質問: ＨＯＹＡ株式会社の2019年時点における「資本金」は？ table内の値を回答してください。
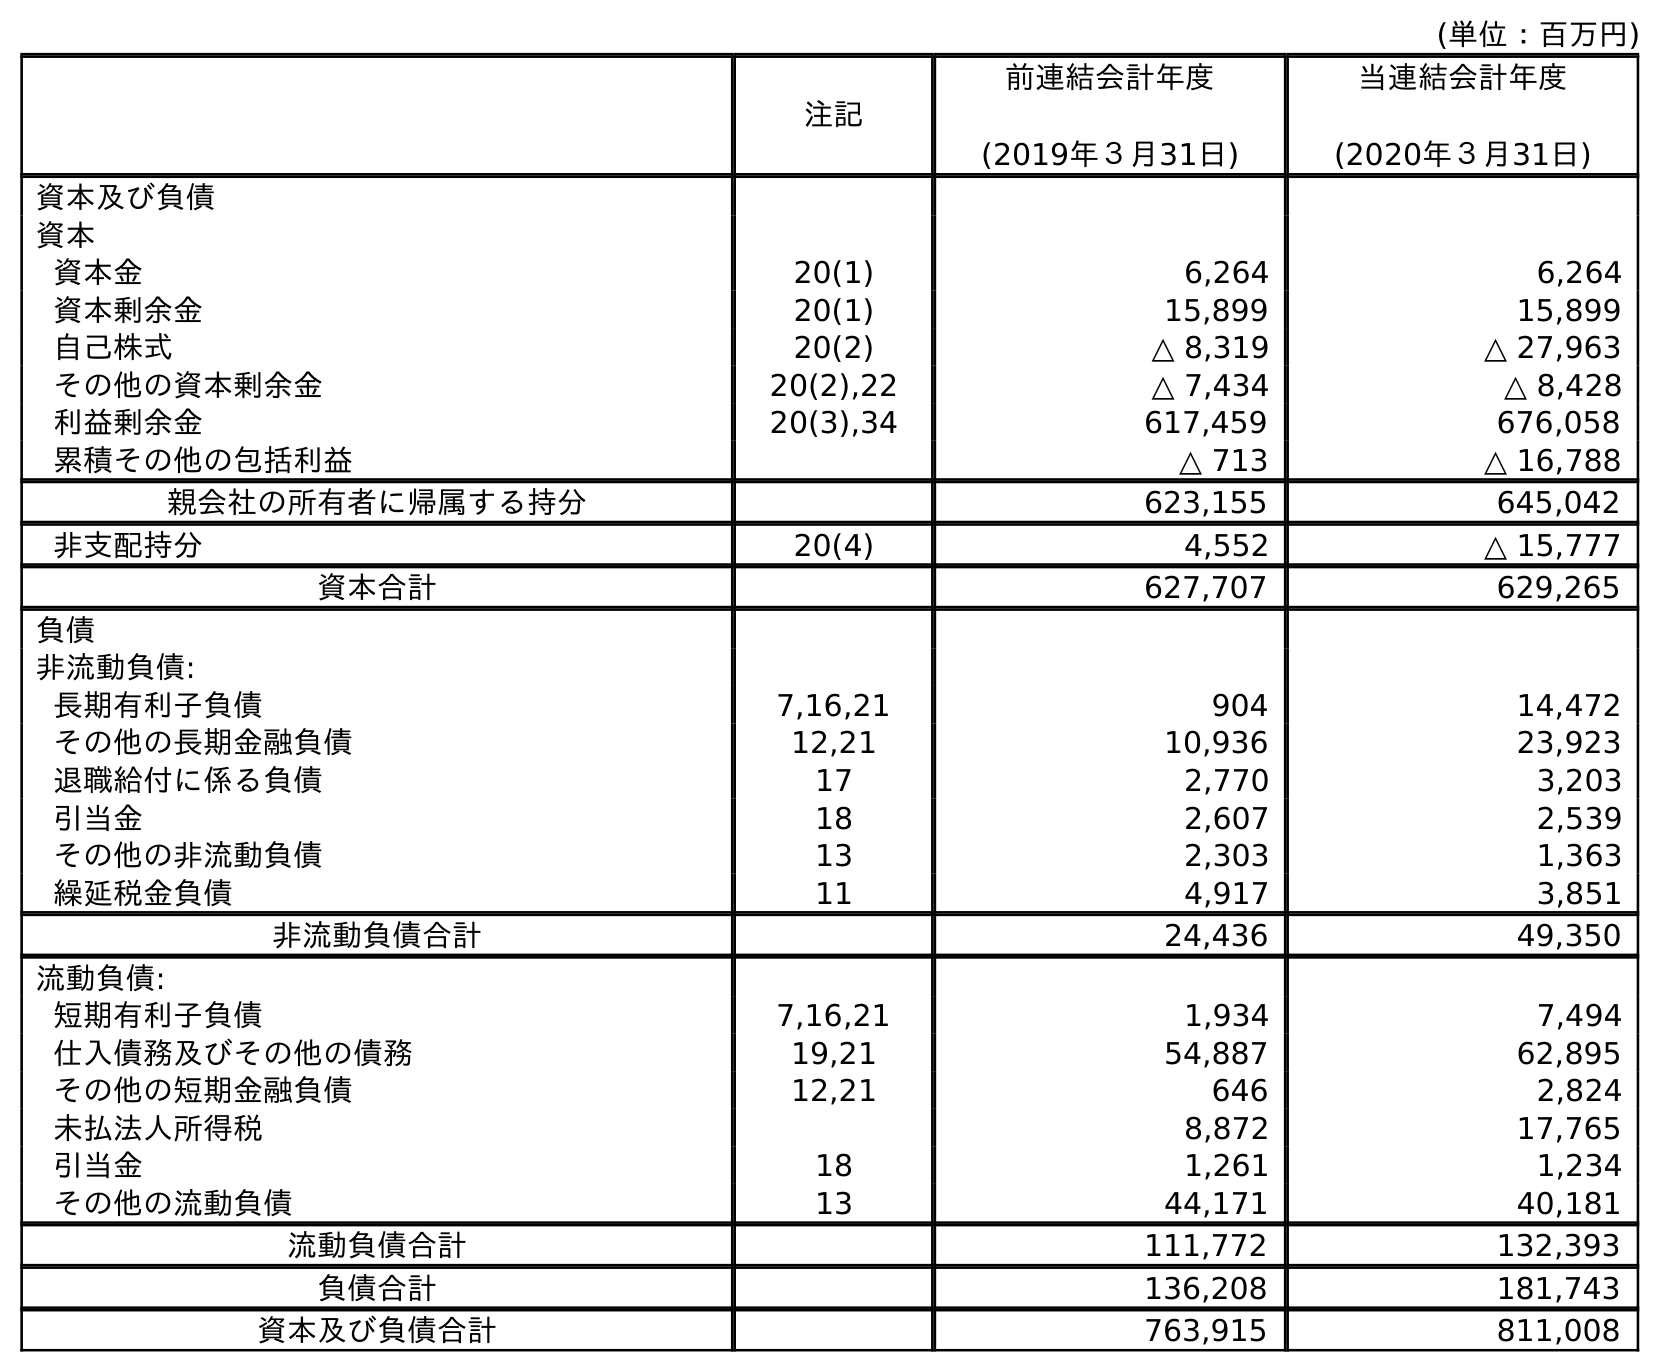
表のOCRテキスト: (単位：百万円) 注記 前連結会計年度 (2019年３月31日) 当連結会計年度 (2020年３月31日) 資本及び負債 資本 資本金 20(1) 6,264 6,264 資本剰余金 20(1) 15,899 15,899 自己株式 20(2) △ 8,319 △ 27,963 その他の資本剰余金 20(2),22 △ 7,434 △ 8,428 利益剰余金 20(3),34 617,459 676,058 累積その他の包括利益 △ 713 △ 16,788 親会社の所有者に帰属する持分 623,155 645,042 非支配持分 20(4) 4,552 △ 15,777 資本合計 627,707 629,265 負債 非流動負債: 長期有利子負債 7,16,21 904 14,472 その他の長期金融負債 12,21 10,936 23,923 退職給付に係る負債 17 2,770 3,203 引当金 18 2,607 2,539 その他の非流動負債 13 2,303 1,363 繰延税金負債 11 4,917 3,851 非流動負債合計 24,436 49,350 流動負債: 短期有利子負債 7,16,21 1,934 7,494 仕入債務及びその他の債務 19,21 54,887 62,895 その他の短期金融負債 12,21 646 2,824 未払法人所得税 8,872 17,765 引当金 18 1,261 1,234 その他の流動負債 13 44,171 40,181 流動負債合計 111,772 132,393 負債合計 136,208 181,743 資本及び負債合計 763,915 811,008
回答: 6,264